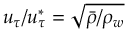
u _ { \tau } / u _ { \tau } ^ { * } = \sqrt { \bar { \rho } / \rho _ { w } }